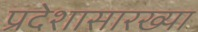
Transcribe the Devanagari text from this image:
प्रदेशासारख्या